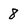
Character: 8